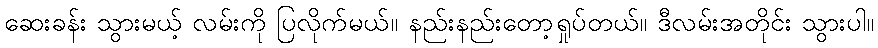
ဆေးခန်း သွားမယ့် လမ်းကို ပြလိုက်မယ်။ နည်းနည်းတော့ရှုပ်တယ်။ ဒီလမ်းအတိုင်း သွားပါ။